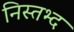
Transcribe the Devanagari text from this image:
निस्तभ्द